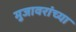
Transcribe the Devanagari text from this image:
मुजावरांच्या